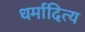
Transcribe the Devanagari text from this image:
धर्मादित्य